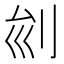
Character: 𠛏